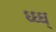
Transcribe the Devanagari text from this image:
ध्ध्ध्